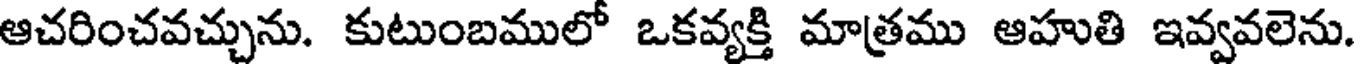
ఆచరించవచ్చును. కుటుంబములో ఒకవ్యక్తి మాత్రము ఆహుతి ఇవ్వవలెను.